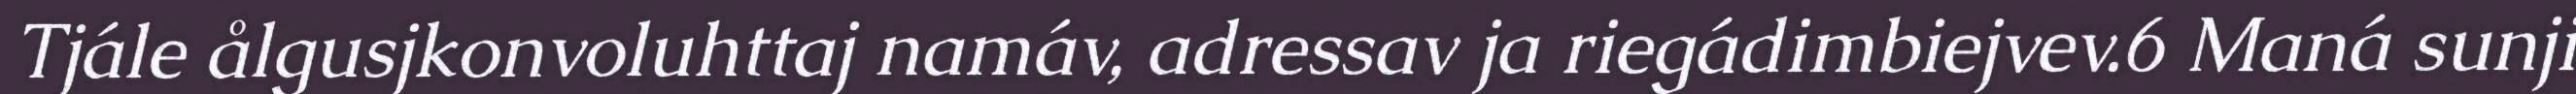
Tjále ålgusjkonvoluhttaj namáv, adressav ja riegádimbiejvev.6 Maná sunji